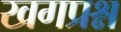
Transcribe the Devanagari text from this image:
खगप्रश्न